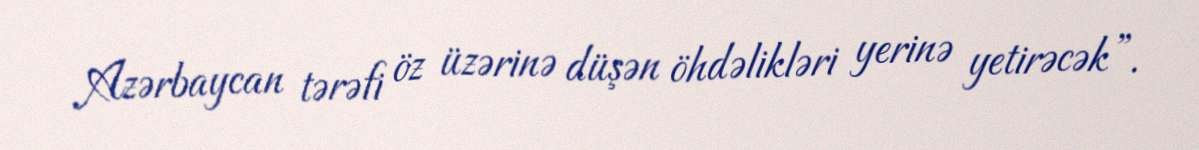
Azərbaycan tərəfi öz üzərinə düşən öhdəlikləri yerinə yetirəcək”.